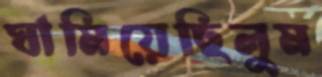
ঘামিয়েছিলুম